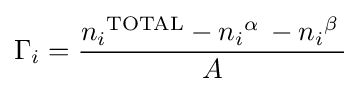
\Gamma _{i}={\frac {{n_{i}}^{\text{TOTAL}}-{n_{i}}^{\alpha }\,-{n_{i}}^{\beta }\,}{A}}